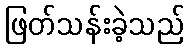
ဖြတ်သန်းခဲ့သည်